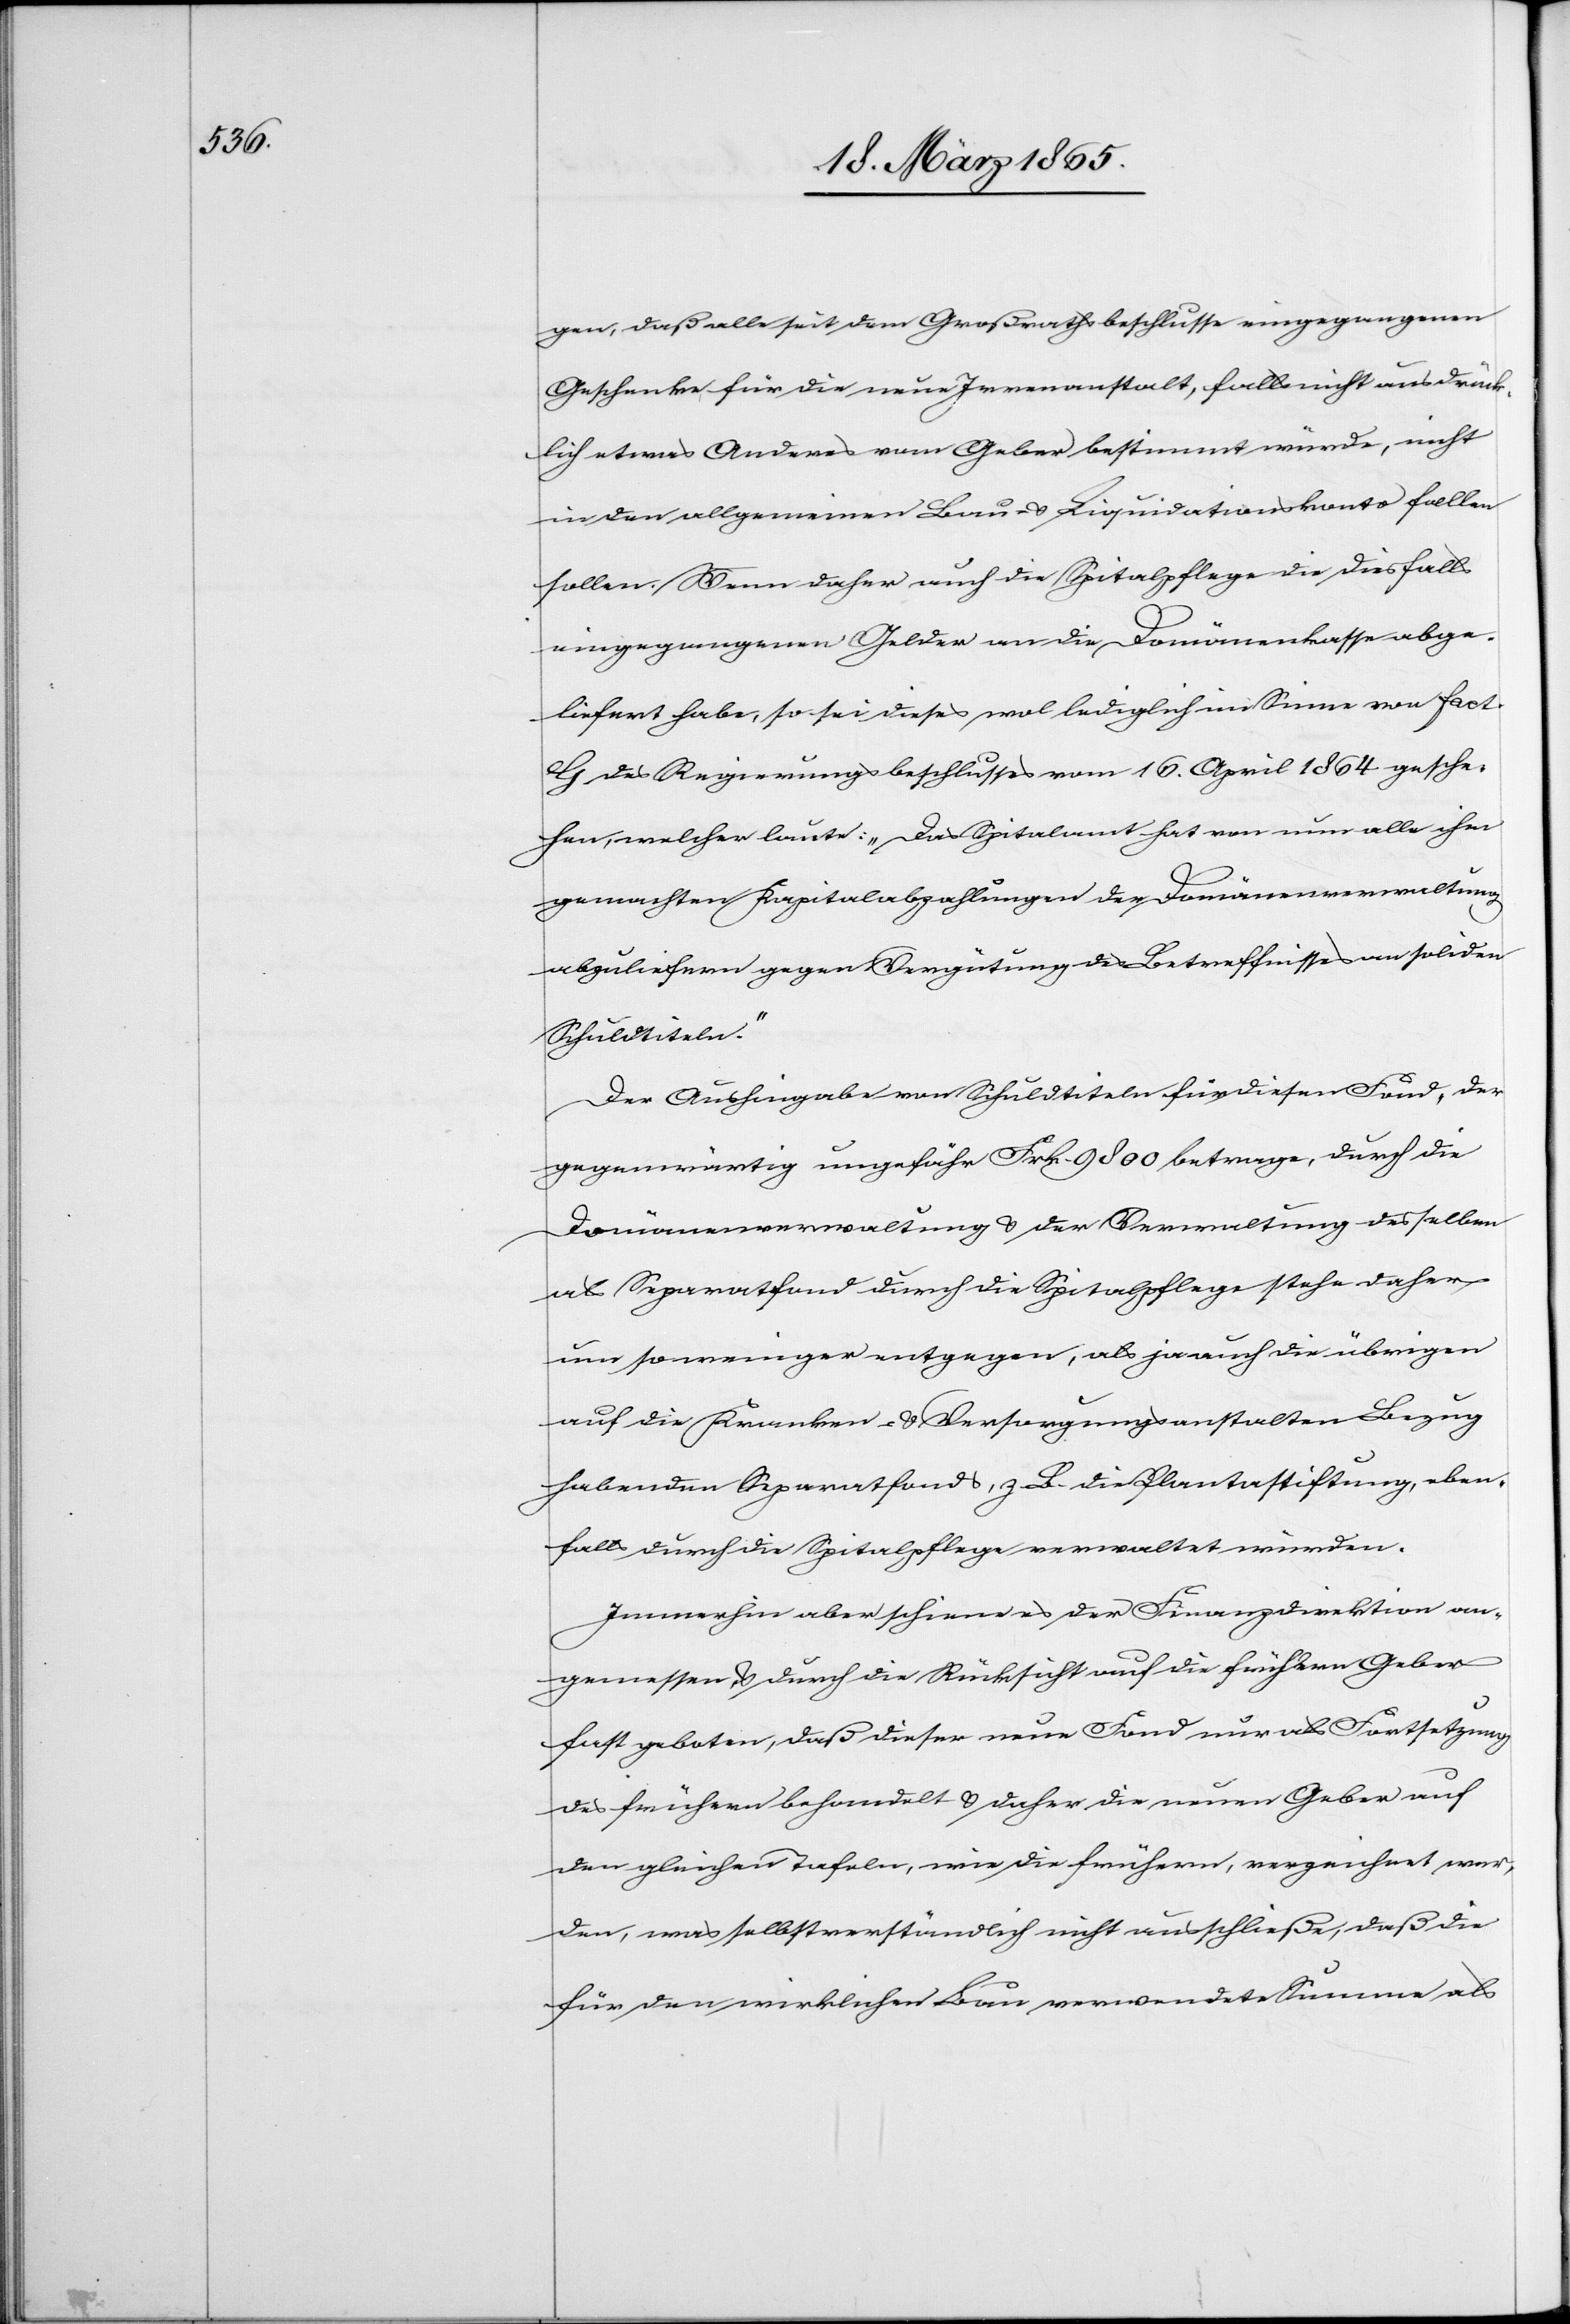
gen, daß alle seit dem Großrathsbeschlusse eingegangenen
Geschenke für die neue Irrenanstalt, falls nicht ausdrück¬
lich etwas Anderes vom Geber bestimmt würde, nicht
in den allgemeinen Bau- & Liquidationskonto fallen
sollen. Wenn daher auch die Spitalpflege die diesfalls
eingegangenen Gelder an die Domänenkasse abge¬
liefert habe, so sei dieses wol lediglich im Sinne von fact
G des Regierungsbeschlusses vom 16. April 1864 gesche¬
hen, welcher laute: „Das Spitalamt hat von nun alle ihm
gemachten Kapitalabzahlungen der Domänenverwaltung
abzuliefern gegen Vergütung des Betreffnisses an soliden
Schuldtiteln.“
Der Aushingabe von Schuldtiteln für diesen Fond, der
gegenwärtig ungefähr Frk. 9800 betrage, durch die
Domänenverwaltung & der Verwaltung desselben
als Separatfond durch die Spitalpflege stehe daher
um so weniger entgegen, als ja auch die übrigen
auf die Kranken- & Versorgungsanstalten Bezug
habenden Separatfonds, z. B. die Plantastiftung, eben¬
falls durch die Spitalpflege verwaltet würden.
Immerhin aber scheine es der Finanzdirektion an¬
gemessen, & durch die Rücksicht auf die frühern Geber
fast geboten, daß dieser neue Fond nur als Fortsetzung
des frühern behandelt & daher die neuen Geber auf
den gleichen Tafeln, wie die frühern, verzeichnet wer¬
den, was selbstverständlich nicht ausschließe, daß die
für den wirklichen Bau verwendete Summe als